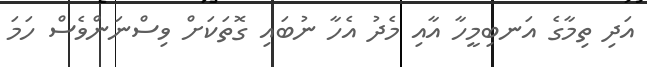
އަދި ތިމާގެ އަނބިމީހާ އާއި މެދު އެހާ ނުބައި ގޮތަކަށް ވިސްނަންވެސް ހަމަ